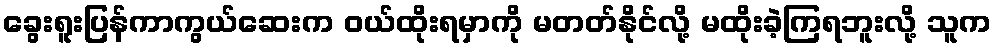
ခွေးရူးပြန်ကာကွယ်ဆေးက ဝယ်ထိုးရမှာကို မတတ်နိုင်လို့ မထိုးခဲ့ကြရဘူးလို့ သူက